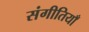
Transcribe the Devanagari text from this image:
संगीतियाँ